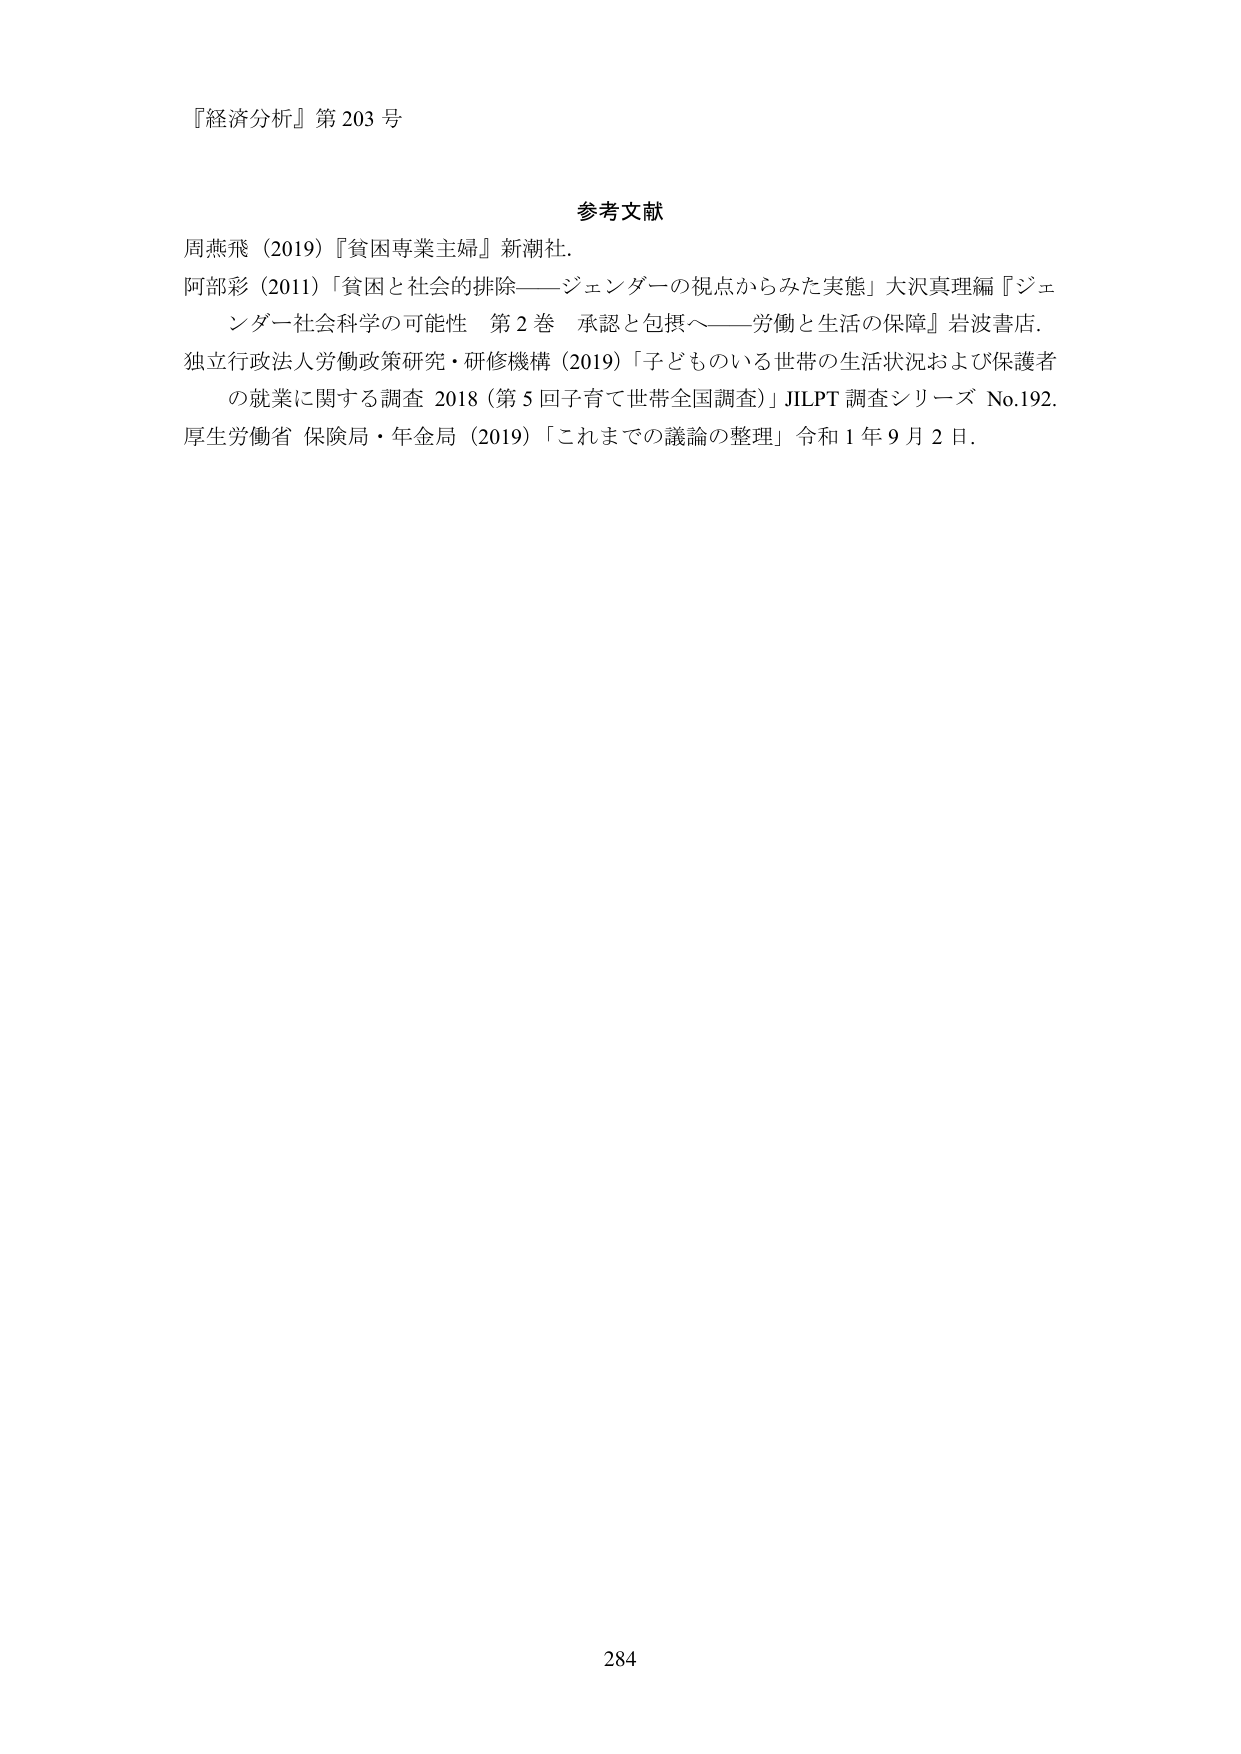
『経済分析』第 203 号

参考文献
周燕飛（2019）『貧困専業主婦』新潮社。
阿部彩（2011）「貧困と社会的排除――ジェンダーの視点からみた実態」大沢真理編『ジェンダー社会科学の可能性 第 2 巻 承認と包摂へ――労働と生活の保障』岩波書店。
独立行政法人労働政策研究・研修機構（2019）「子どものいる世帯の生活状況および保護者の就業に関する調査 2018（第 5 回子育て世帯全国調査）」JILPT 調査シリーズ No.192。
厚生労働省 保険局・年金局（2019）「これまでの議論の整理」令和 1 年 9 月 2 日。

284